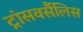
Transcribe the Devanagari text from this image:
ट्रांसवर्सैलिस